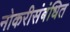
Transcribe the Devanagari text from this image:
नोकरीसंबंधित